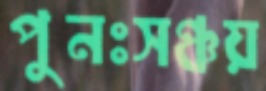
পুনঃসঞ্চয়